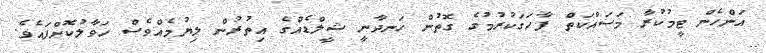
އަންހެން ޓީމުކުރާ މަސައްކަތް ފާހަގަކުރުމުގެ ގޮތުން ހަނދާނީ ޝީލްޑެއްގެ އިތުރުން ލިޔުމެއްވެސް ހަވާލުކޮށްފައެވެ.